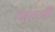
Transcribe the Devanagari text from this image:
नागर्जी